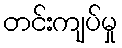
တင်းကျပ်မှု